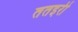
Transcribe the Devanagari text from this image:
ततइरी